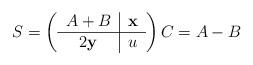
LaTeX: \begin{align*}S=\left(\begin{tabular}[c]{c|c}$A+B$ & $\mathbf{x}$\\\hline$2\mathbf{y}$ & $u$\end{tabular}\right) C=A-B\end{align*}